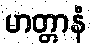
မာတ္တာနံ